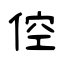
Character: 倥